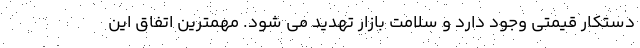
دستکار قیمتی وجود دارد و سلامت بازار تهدید می شود. مهمترین اتفاق این